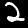
Label: 2